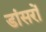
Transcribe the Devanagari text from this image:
डांसरों